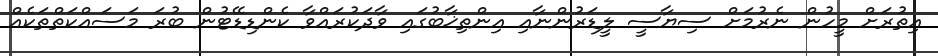
އިތުރަށް މީހުން ނެރުމަށް ސިޔާސީ ލީޑަރުންނާއި އިންތިޚާބުގައި ވާދަކުރައްވާ ކެންޑިޑޭޓުން ބުރަ މަސައްކަތްތަކެއް